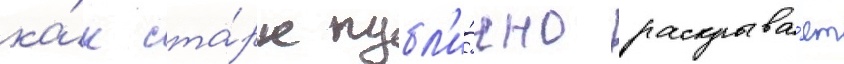
ка́к ста́рк публ'и́чно раскрыва́ет